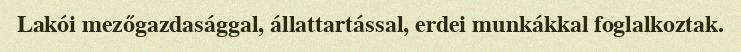
Lakói mezőgazdasággal, állattartással, erdei munkákkal foglalkoztak.